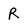
Character: R